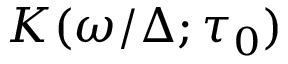
K ( \omega / \Delta ; \tau _ { 0 } )